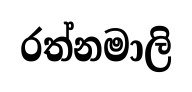
රත්නමාලි